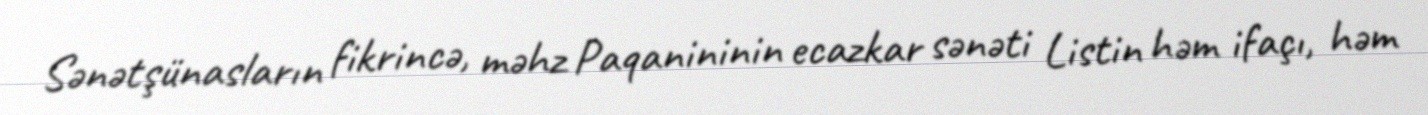
Sənətşünasların fikrincə, məhz Paqanininin ecazkar sənəti Listin həm ifaçı, həm